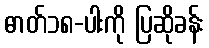
ဓာတ်၁၈-ပါးကို ပြဆိုခန်း